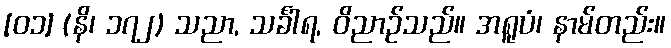
[၀၁] (နိ၊ ၁၇၂) သညာ, သင်္ခါရ, ဝိညာဉ်သည်။ အရူပံ၊ နာမ်တည်း။